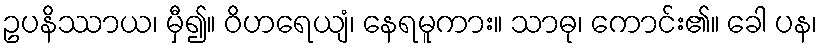
ဥပနိဿာယ၊ မှီ၍။ ဝိဟရေယျံ၊ နေရမူကား။ သာဓု၊ ကောင်း၏။ ခေါ ပန၊